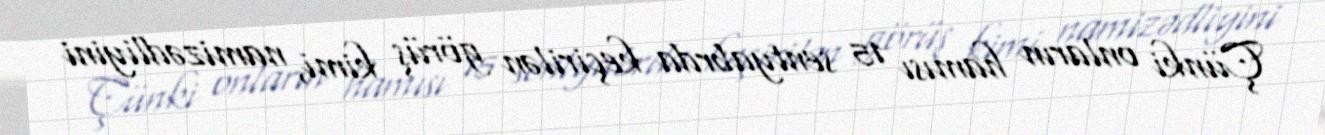
Çünki onların hamısı 15 sentyabrda keçirilən görüş kimi, namizədliyini